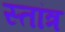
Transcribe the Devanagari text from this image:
स्तांत्र